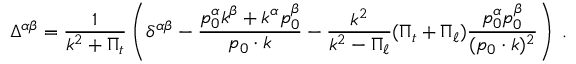
\Delta ^ { \alpha \beta } = \frac { 1 } { k ^ { 2 } + \Pi _ { t } } \left( \delta ^ { \alpha \beta } - \frac { p _ { 0 } ^ { \alpha } k ^ { \beta } + k ^ { \alpha } p _ { 0 } ^ { \beta } } { p _ { 0 } \cdot k } - \frac { k ^ { 2 } } { k ^ { 2 } - \Pi _ { \ell } } ( \Pi _ { t } + \Pi _ { \ell } ) \frac { p _ { 0 } ^ { \alpha } p _ { 0 } ^ { \beta } } { ( p _ { 0 } \cdot k ) ^ { 2 } } \right) \; .